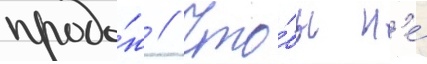
прода́ж // Что́бы н'е́